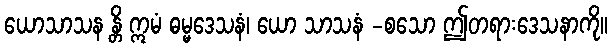
ယောသာသန န္တိ ဣမံ ဓမ္မဒေသနံ၊ ယော သာသနံ -စသော ဤတရားဒေသနာကို။